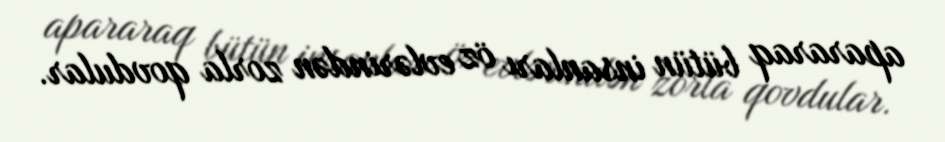
apararaq bütün insanları öz evlərindən zorla qovdular.